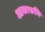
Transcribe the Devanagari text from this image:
आकारुनि